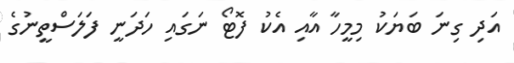
އަދި ގިނަ ބަޔަކު މިމީހާ އާއި އެކު ފޮޓޯ ނަގައި ހަދަނީ ފަލަސްތީނުގެ